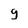
Character: 9